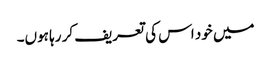
میں خود اس کی تعریف کر رہا ہوں۔